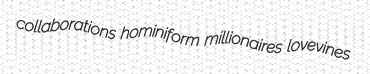
collaborations hominiform millionaires lovevines